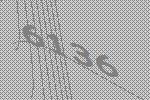
6136